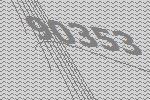
90353